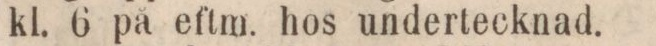
kl. 6 på eftm. hos undertecknad.